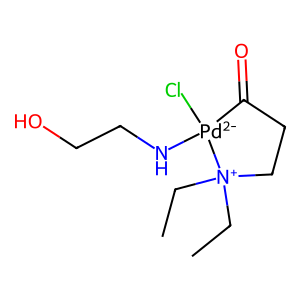
SMILES: CC[N+]1(CC)CCC(=O)[Pd-2]1(Cl)NCCO
Inhibits HIV replication: No